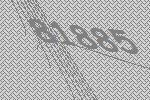
81885